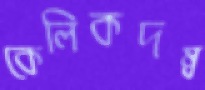
কেলিকদম্ব